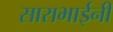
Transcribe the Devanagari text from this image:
साराभाईनी